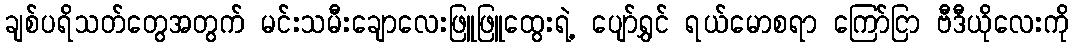
ချစ်ပရိသတ်တွေအတွက် မင်းသမီးချောလေးဖြူဖြူထွေးရဲ့ ပျော်ရွှင် ရယ်မောစရာ ကြော်ငြာ ဗီဒီယိုလေးကို